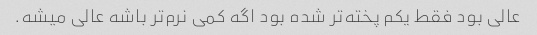
عالی بود فقط یکم پخته‌تر شده بود اگه کمی نرم‌تر باشه عالی میشه.